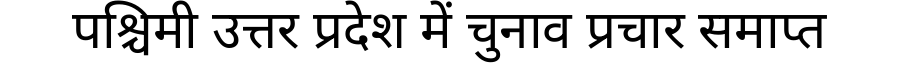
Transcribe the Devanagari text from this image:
पश्चिमी उत्तर प्रदेश में चुनाव प्रचार समाप्त